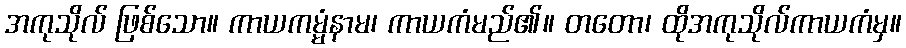
အကုသိုလ် ဖြစ်သော။ ကာယကမ္မံနာမ၊ ကာယကံမည်၏။ တတော၊ ထိုအကုသိုလ်ကာယကံမှ။